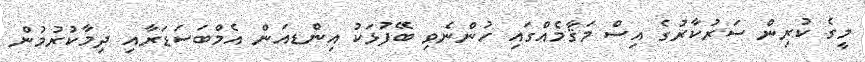
މީގެ ކުރިން ސަރުކާރުގެ އިސް މަޤާމެއްގައި ހުންނެވި ބޭފުޅަކު އިންޑއަން އެމްބަސަޑަރާއި ދިމާކުރުމުން